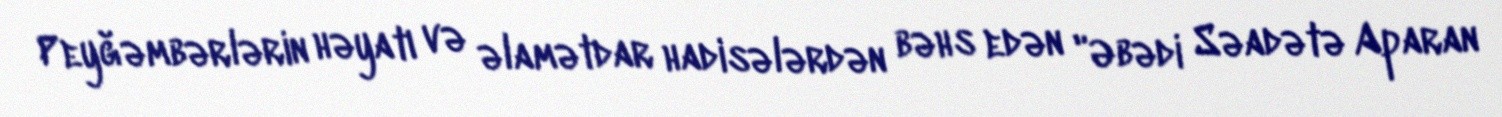
Peyğəmbərlərin həyatı və əlamətdar hadisələrdən bəhs edən "Əbədi Səadətə Aparan